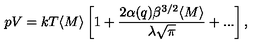
p V = k T \langle M \rangle \left[ 1 + \frac { 2 \alpha ( q ) \beta ^ { 3 / 2 } \langle M \rangle } { \lambda \sqrt { \pi } } + . . . \right] ,